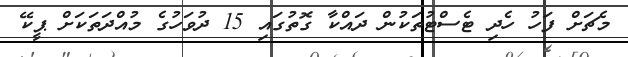
މެޗަށް ފަހު ހެދި ޓެސްޓުތަކުން ދައްކާ ގޮތުގައި 15 ދުވަހުގެ މުއްދަތަކަށް ޕީކޭ